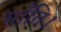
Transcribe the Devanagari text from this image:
साँति।